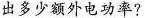
出多少额外电功率?